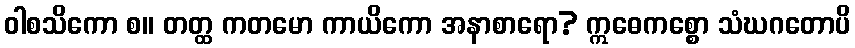
ဝါစသိကော စ။ တတ္ထ ကတမော ကာယိကော အနာစာရော? ဣဓေကစ္စော သံဃဂတောပိ